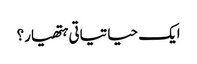
ایک حیاتیاتی ہتھیار؟